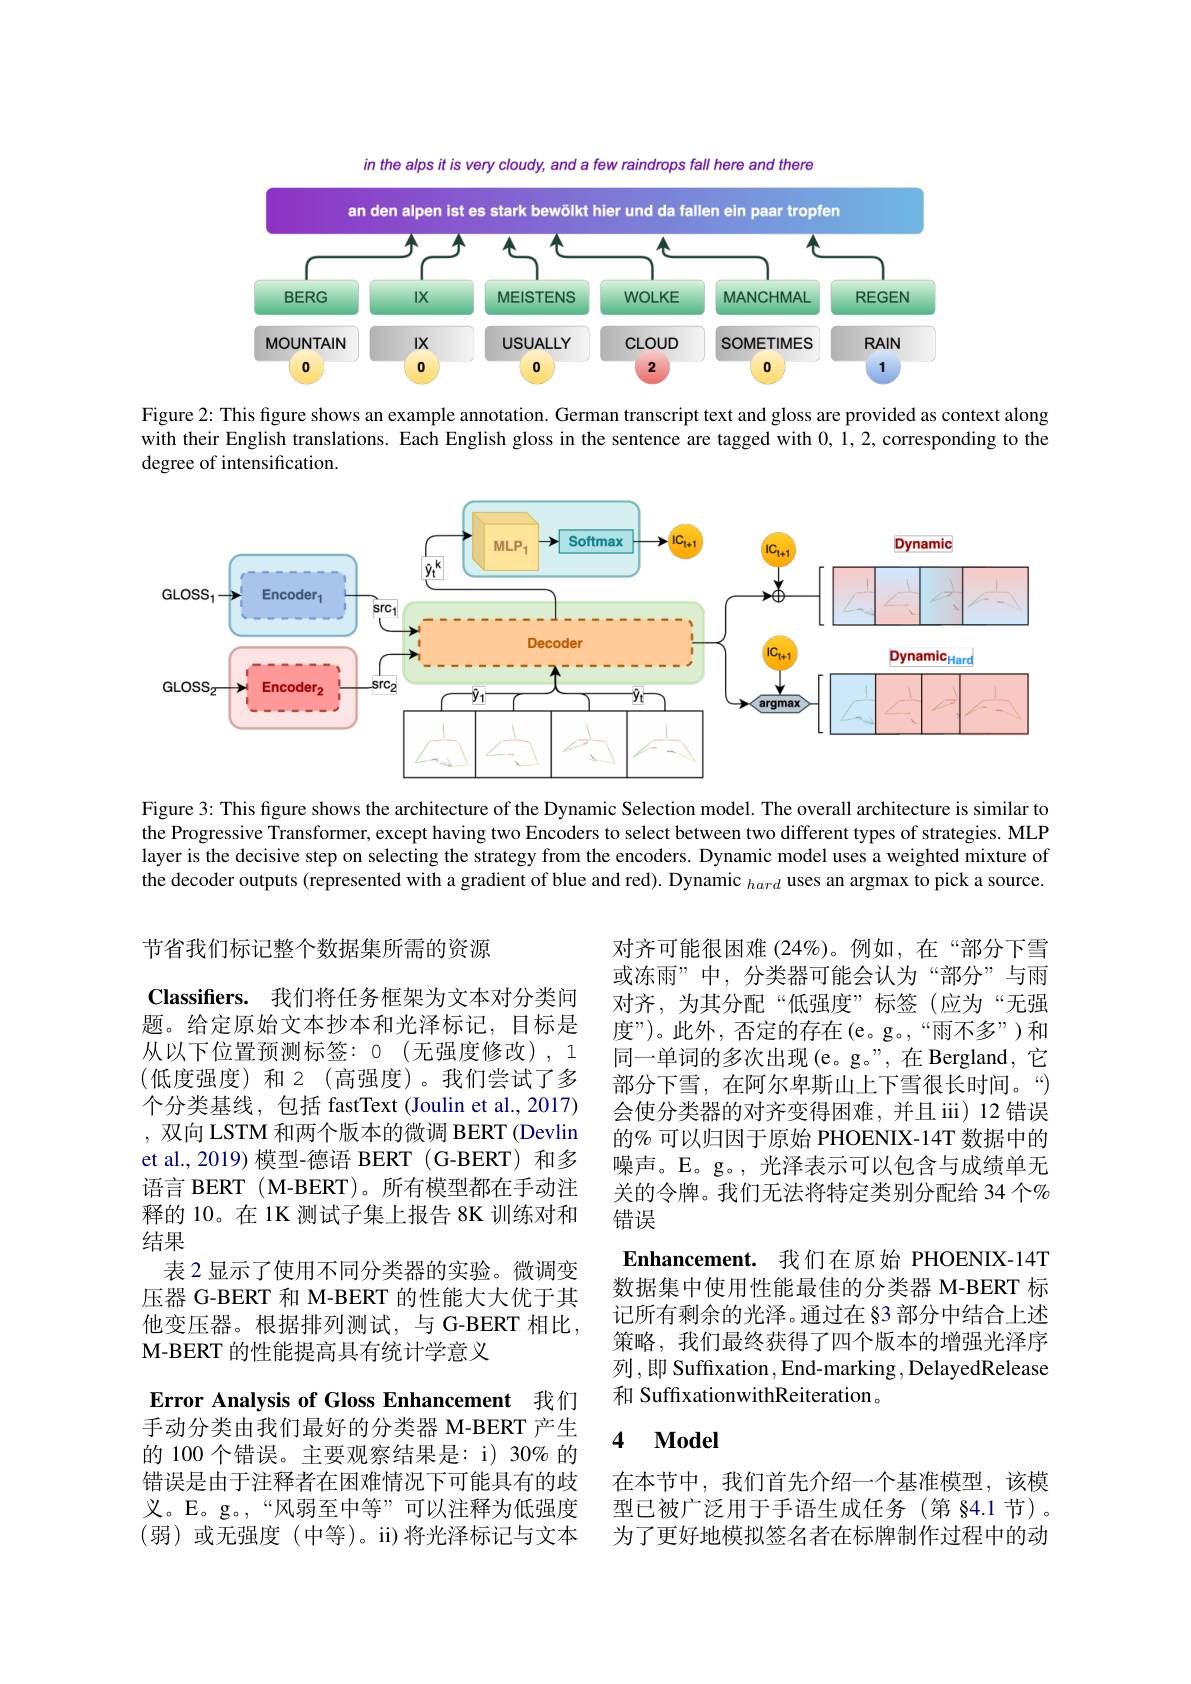
$in$ the alps it is very cloudy, and a few raindrops fall here and there

<FigureHere>

Figure 2: This figure shows an example annotation. German transcript text and gloss are provided as context along with their English translations. Each English gloss in the sentence are tagged with 0,1,2, corresponding to the degree of intensification.

<FigureHere>

Figure 3: This figure shows the architecture of the Dynamic Selection model. The overall architecture is similar to the Progressive Transformer, except having two Encoders to select between two different types of strategies. MLP layer is the decisive step on selecting the strategy from the encoders. Dynamic model uses a weighted mixture of the decoder outputs (represented with a gradient of blue and red). Dynamic $_{hard}$ uses an argmax to pick a source.

节省我们标记整个数据集所需的资源
Classifiers. 我们将任务框架为文本对分类问题。给定原始文本抄本和光泽标记，目标是从以下位置预测标签：0(无强度修改),1 (低度强度)和2(高强度)。我们尝试了多个分类基线，包括 fastText (Joulin et al., 2017) ,双向 LSTM 和两个版本的微调 BERT (Devlin et al., 2019) 模型-德语 BERT (G-BERT) 和多语言 BERT ( M-BERT)。所有模型都在手动注释的 10。在 1K 测试子集上报告 8K 训练对和结果
表 2 显示了使用不同分类器的实验。微调变压器 G-BERT 和 M-BERT 的性能大大优于其他变压器。根据排列测试，与 G-BERT 相比， M-BERT 的性能提高具有统计学意义

对齐可能很困难 (24%)。例如，在“部分下雪或冻雨”中，分类器可能会认为“部分”与雨对齐，为其分配“低强度”标签(应为“无强度”)。此外，否定的存在(e。g。,“雨不多”)和同一单词的多次出现(e。g。”,在 Bergland, 它部分下雪，在阿尔卑斯山上下雪很长时间。“) 会使分类器的对齐变得困难，并且 iii)12 错误的% 可以归因于原始 PHOENIX-14T 数据中的噪声。E。g。,光泽表示可以包含与成绩单无关的令牌。我们无法将特定类别分配给 34 个% 错误
Enhancement. 我们在原始 PHOENIX-14T 数据集中使用性能最佳的分类器 M-BERT 标记所有剩余的光泽。通过在 83 部分中结合上述策略，我们最终获得了四个版本的增强光泽序列，即 Suffixation , End-marking , DelayedRelease 和 SuffixationwithReiteration。

### 4 $\mathbf{Model}$

Error Analysis of Gloss Enhancement 我们手动分类由我们最好的分类器 M-BERT 产生的 100 个错误。主要观察结果是：i) 30% 的错误是由于注释者在困难情况下可能具有的歧义。E。g。“风弱至中等”可以注释为低强度(弱)或无强度(中等)。ii)将光泽标记与文本

在本节中，我们首先介绍一个基准模型，该模型已被广泛用于手语生成任务(第 §4.1 节)。为了更好地模拟签名者在标牌制作过程中的动